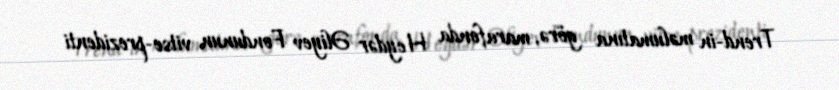
Trend-in məlumatına görə, marafonda Heydər Əliyev Fondunun vitse-prezidenti